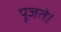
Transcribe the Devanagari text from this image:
पूजते।